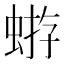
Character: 𧌕